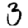
Digit: 3